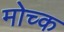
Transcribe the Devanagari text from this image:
मोच्क